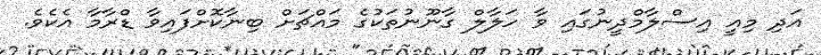
އަދި މިއީ އިސްލާމްދީނުގައި ވާ ހަލާލް ގާނޫނުތަކުގެ މައްޗަށް ބިނާކޮށްފައިވާ ޑްރާމާ އެކެވެ.